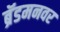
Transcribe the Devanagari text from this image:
ब्रॅडमनवर